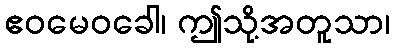
ဧဝမေဝခေါ၊ ဤသို့အတူသာ၊